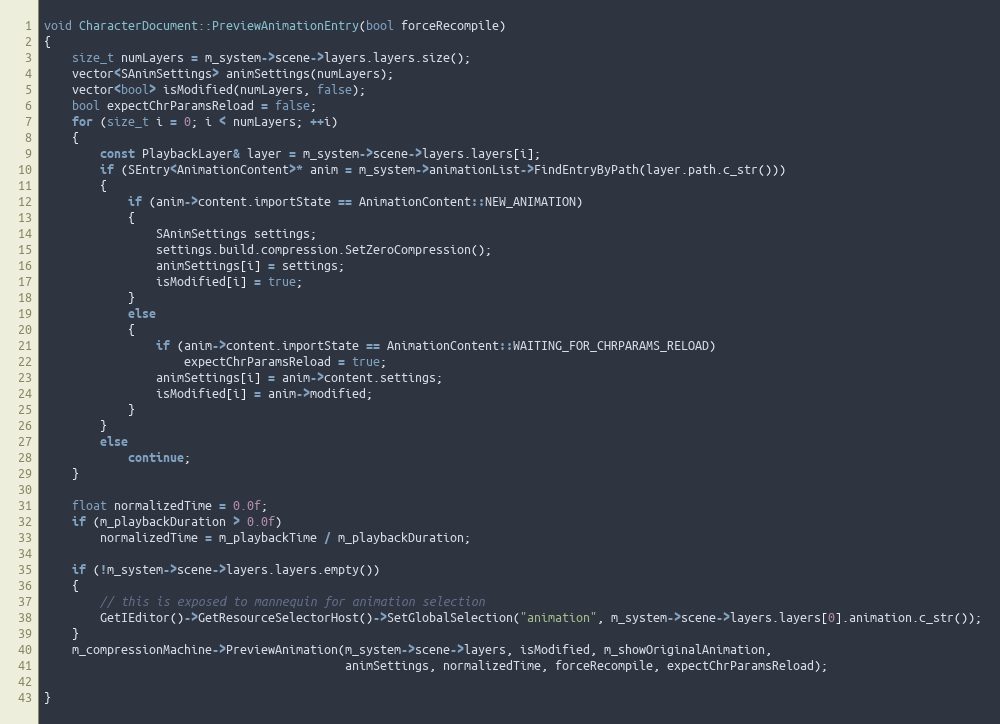
Language: C++
void CharacterDocument::PreviewAnimationEntry(bool forceRecompile)
{
	size_t numLayers = m_system->scene->layers.layers.size();
	vector<SAnimSettings> animSettings(numLayers);
	vector<bool> isModified(numLayers, false);
	bool expectChrParamsReload = false;
	for (size_t i = 0; i < numLayers; ++i)
	{
		const PlaybackLayer& layer = m_system->scene->layers.layers[i];
		if (SEntry<AnimationContent>* anim = m_system->animationList->FindEntryByPath(layer.path.c_str()))
		{
			if (anim->content.importState == AnimationContent::NEW_ANIMATION)
			{
				SAnimSettings settings;
				settings.build.compression.SetZeroCompression();
				animSettings[i] = settings;
				isModified[i] = true;
			}
			else
			{
				if (anim->content.importState == AnimationContent::WAITING_FOR_CHRPARAMS_RELOAD)
					expectChrParamsReload = true;
				animSettings[i] = anim->content.settings;
				isModified[i] = anim->modified;
			}
		}
		else
			continue;
	}

	float normalizedTime = 0.0f;
	if (m_playbackDuration > 0.0f)
		normalizedTime = m_playbackTime / m_playbackDuration;

	if (!m_system->scene->layers.layers.empty())
	{
		// this is exposed to mannequin for animation selection
		GetIEditor()->GetResourceSelectorHost()->SetGlobalSelection("animation", m_system->scene->layers.layers[0].animation.c_str());
	}
	m_compressionMachine->PreviewAnimation(m_system->scene->layers, isModified, m_showOriginalAnimation,
	                                       animSettings, normalizedTime, forceRecompile, expectChrParamsReload);

}